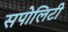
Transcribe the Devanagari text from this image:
सपोलिटी